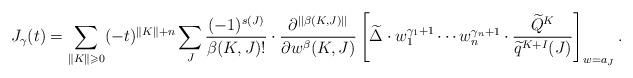
LaTeX: \begin{align*}J_\gamma(t)=\sum_{\|K\|\geqslant 0}(-t)^{\|K\|+n} \sum_J \frac{(-1)^{s(J)}}{\beta(K, J)!} \cdot \frac {\partial^{||\beta(K, J)||}}{\partial w^\beta(K, J)}\left[ \widetilde \Delta \cdot w_1^{\gamma_1+1}\cdots w_n^{\gamma_n+1}\cdot \frac {\widetilde Q^K}{\widetilde q^{K+I}(J)}\right]_{w=a_J}. \end{align*}